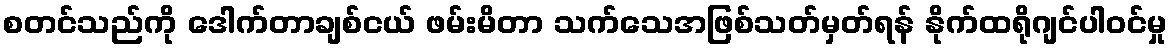
စတင်သည်ကို ဒေါက်တာချစ်ငယ် ဖမ်းမိတာ သက်သေအဖြစ်သတ်မှတ်ရန် နိုက်ထရိုဂျင်ပါဝင်မှု